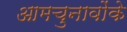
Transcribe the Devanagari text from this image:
आमचुनावोंके